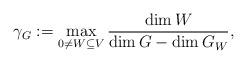
LaTeX: \begin{align*}\gamma_G := \max_{\substack{0 \neq W \subseteq V}} \frac{\dim W}{\dim G - \dim G_W},\end{align*}